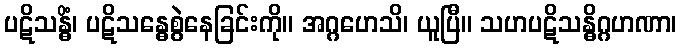
ပဋိသန္ဓိံ၊ ပဋိသန္ဓေစွဲနေခြင်းကို။ အဂ္ဂဟေသိ၊ ယူပြီ။ သဟပဋိသန္ဓိဂ္ဂဟဏာ၊